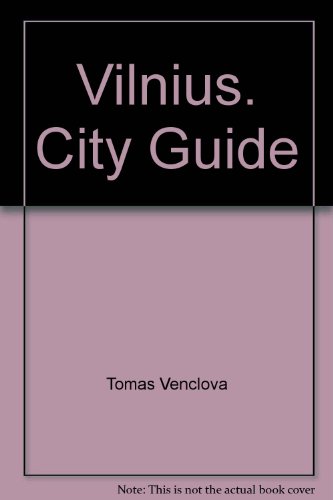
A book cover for Vilnius City Guide; Tomas Venclova; Travel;